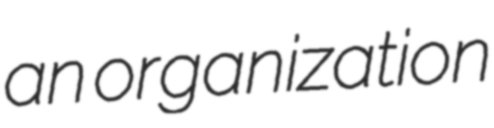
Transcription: an organization